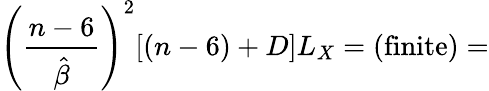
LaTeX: \left(\frac{n-6}{\hat{\beta}}\right)^{2}[(n-6)+D]L_{X}=(\mathrm{finite})=